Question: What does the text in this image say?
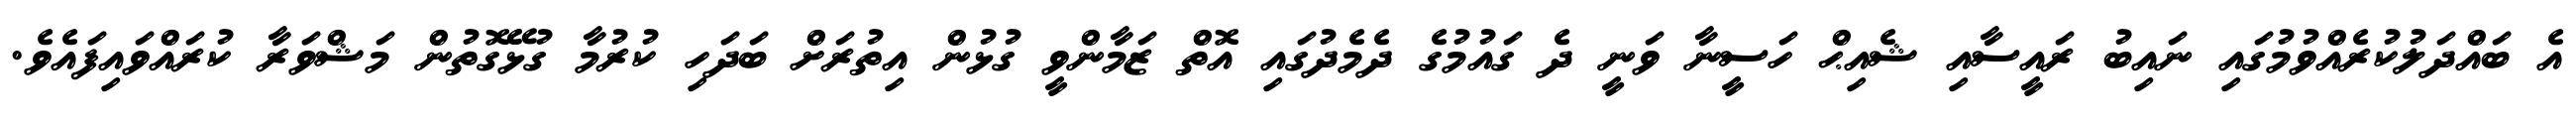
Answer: އެ ބައްދަލުކުރެއްވުމުގައި ނައިބު ރައީސާއި ޝެއިޙް ހަސީނާ ވަނީ ދެ ގައުމުގެ ދެމެދުގައި އޮތް ޒަމާންވީ ގުޅުން އިތުރަށް ބަދަހި ކުރުމާ ގުޅޭގޮތުން މަޝްވަރާ ކުރައްވައިފައެވެ.